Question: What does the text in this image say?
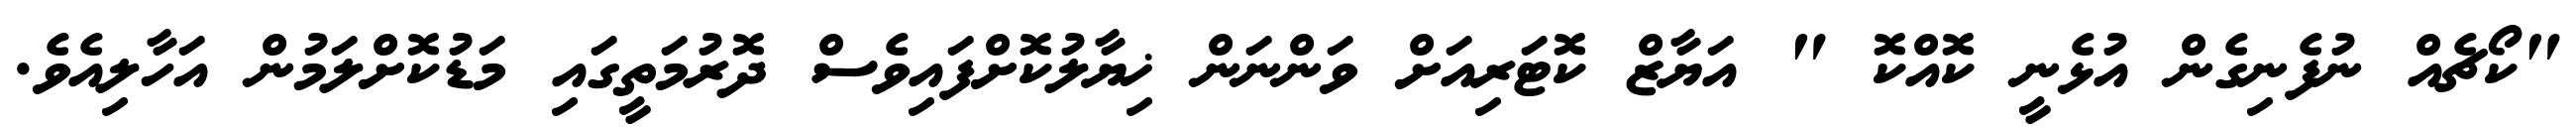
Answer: "ކޯޗެއް ނުފެނިގެން އުޅެނީ ކޮއްކޮ " އަޔާޒް ކޮޓަރިއަށް ވަންނަން ޚިޔާލުކޮށްފައިވެސް ދޮރުމަތީގައި މަޑުކޮށްލަމުން އަހާލިއެވެ.